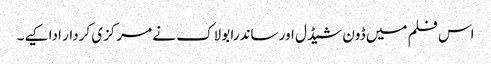
اس فلم میں ڈون شیڈل اور ساندرا بولاک نے مرکزی کردار ادا کیے۔